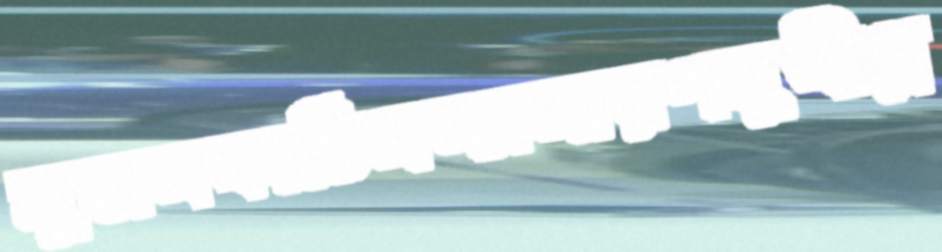
সুজনকাঠিসম্প্রসারণমুখীপ্ল